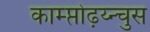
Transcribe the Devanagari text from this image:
काम्प्तोढ़य्न्चुस